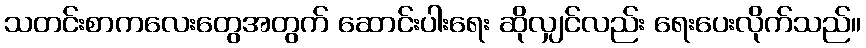
သတင်းစာကလေးတွေအတွက် ဆောင်းပါးရေး ဆိုလျှင်လည်း ရေးပေးလိုက်သည်။